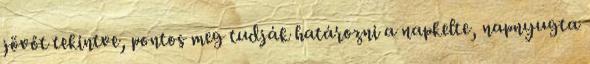
jövőt tekintve, pontos meg tudják határozni a napkelte, napnyugta